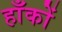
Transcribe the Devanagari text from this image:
हाँकों